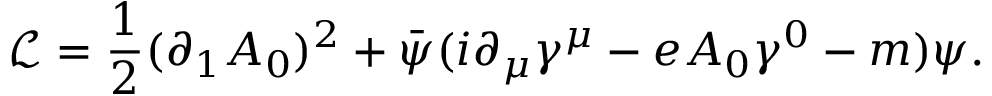
\mathcal { L } = \frac { 1 } { 2 } ( \partial _ { 1 } A _ { 0 } ) ^ { 2 } + \bar { \psi } ( i \partial _ { \mu } \gamma ^ { \mu } - e A _ { 0 } \gamma ^ { 0 } - m ) \psi .